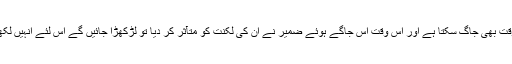
اور ضمیر کا کیا ہے کسی وقت بھی جاگ سکتا ہے اور اس وقت اس جاگے ہوئے ضمیر نے ان کی لکنت کو متآثر کر دیا تو لڑکھڑا جائیں گے اس لئے انہیں لکھی ہوئی ہی تقریر دی جائے۔